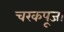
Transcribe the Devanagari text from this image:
चरकपूजा